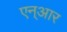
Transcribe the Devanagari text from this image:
एन्‌आर